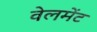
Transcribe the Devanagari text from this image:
वेलमेंट